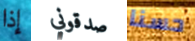
إذا صدقوني حسنا